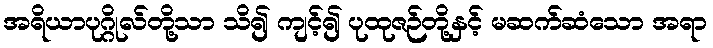
အရိယာပုဂ္ဂိုလ်တို့သာ သိ၍ ကျင့်၍ ပုထုဇဉ်တို့နှင့် မဆက်ဆံသော အရာ